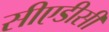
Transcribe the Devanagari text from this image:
सीएडीसी